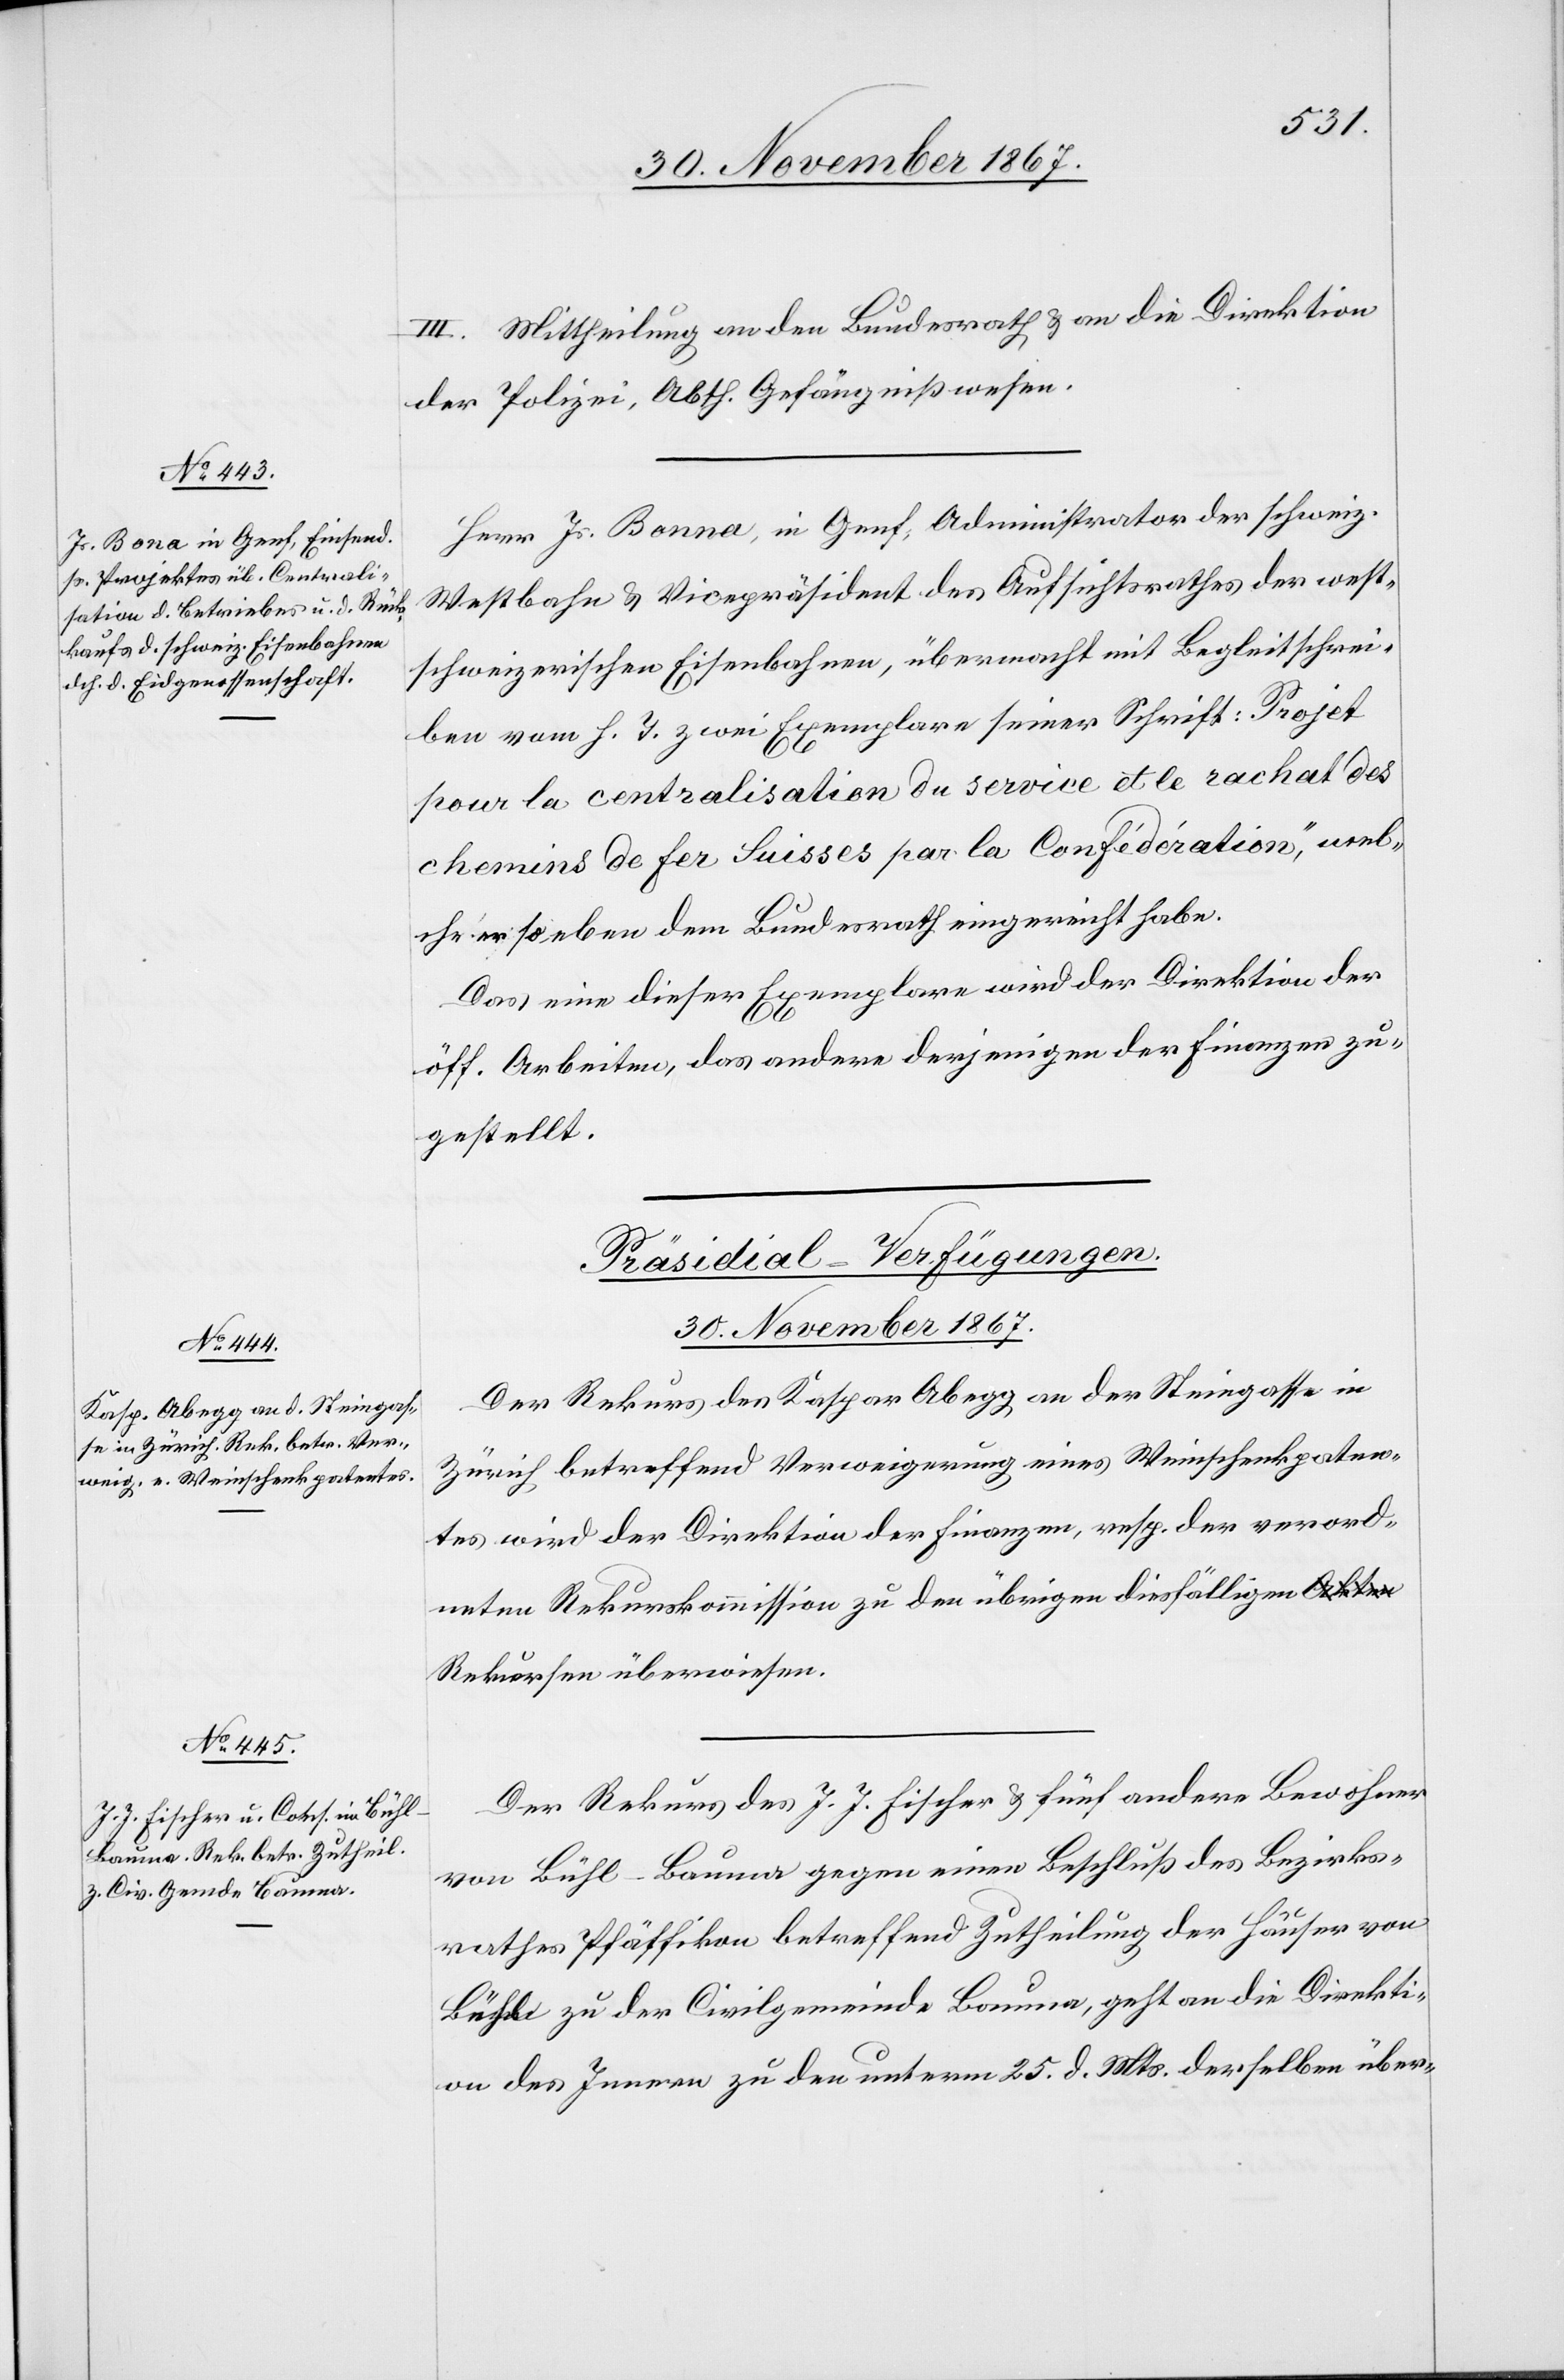
30. November 1867.]
III. Mittheilung an den Bundesrath u. an die Direktion
der Polizei, Abth. Gefängnißwesen.
Herr Hs. Bonna [sic!], in Genf, Administrator der schweiz.
Westbahn u. Vicepräsident des Aufsichtsrathes der west¬
schweizerischen Eisenbahnen, übermacht mit Begleitschrei¬
ben vom h. T. zwei Exemplare seiner Schrift: „Projet
pour la centralisation du service et le rachat des
chemins de fer Suisses par la Confédération,“ wel¬
che er soeben dem Bundesrath eingereicht habe.
Das eine dieser Exemplare wird der Direktion der
öff. Arbeiten, das andere derjenigen der Finanzen zu¬
gestellt.
[Präsidial-Verfügungen.
Der Rekurs des Kaspar Abegg an der Steingasse in
Zürich betreffend Verweigerung eines Weinschenkpaten¬
tes wird der Direktion der Finanzen, resp. der verord¬
neten Rekurskommission zu den übrigen diesfälligen
Rekursen überwiesen.
Der Rekurs des J. J. Fischer u. fünf andere Bewohner
von Bühl - Bauma gegen einen Beschluß des Bezirks¬
rathes Pfäffikon betreffend Zutheilung der Häuser von
Bühl zu der Civilgemeinde Bauma, geht an die Direkti¬
on des Innern zu den [recte: dem] unterm 25. d. Mts. derselben über-